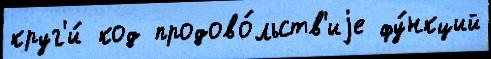
круг'и́ код продово́льств'иjе фу́нкций